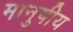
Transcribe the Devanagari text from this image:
मानुषीय